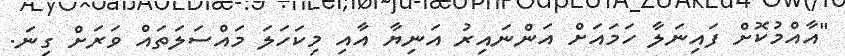
"އާއްމުކޮށް ފައިނަލާ ހަމައަށް އަންނައިރު އަނިޔާ އާއި މިކަހަލަ މައްސަލަތައް ވަރަށް ގިނަ.